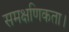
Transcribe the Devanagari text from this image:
समक्षणिकता।